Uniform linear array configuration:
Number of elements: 12
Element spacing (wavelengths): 0.25
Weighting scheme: uniform
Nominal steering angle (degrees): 0
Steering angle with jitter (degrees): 1.201
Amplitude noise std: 0.05
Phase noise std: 0.05

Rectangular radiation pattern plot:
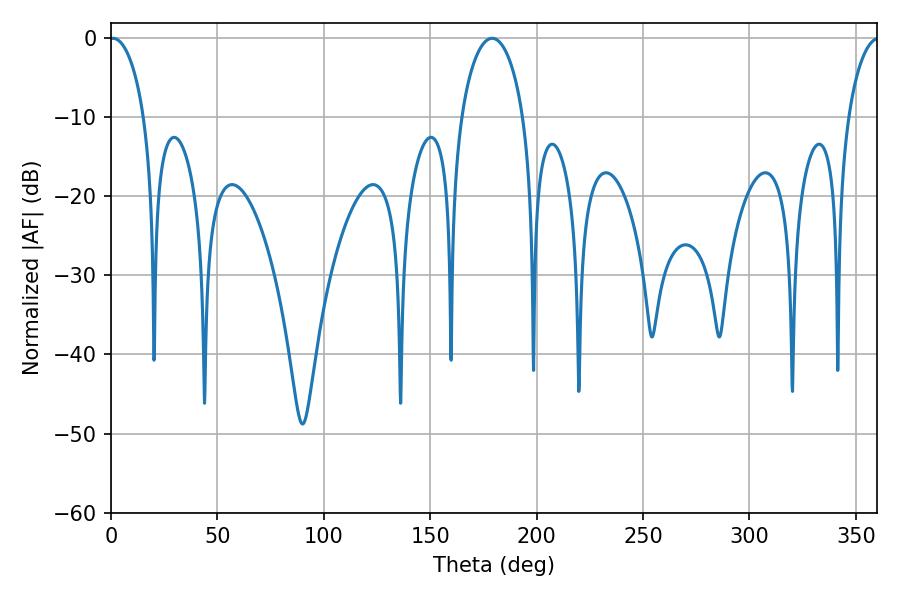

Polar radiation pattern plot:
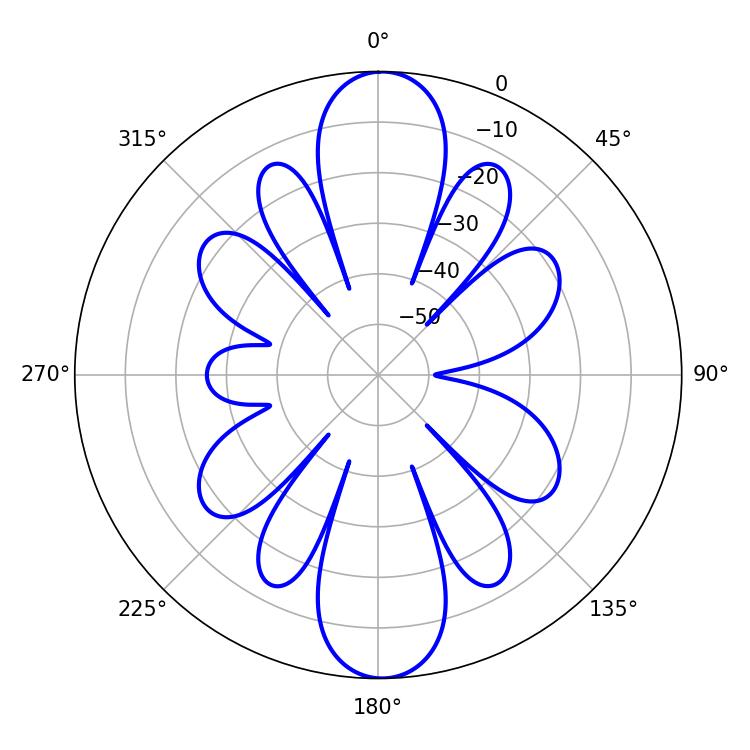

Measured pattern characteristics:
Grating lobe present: FALSE
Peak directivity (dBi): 22.724
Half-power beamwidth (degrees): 9.36
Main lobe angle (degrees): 0.9